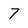
Character: 7